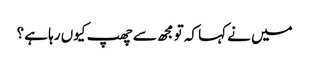
میں نے کہا کہ تو مجھ سے چھپ کیوں رہا ہے ؟